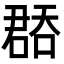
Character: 𭊝